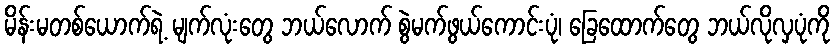
မိန်းမတစ်ယောက်ရဲ့ မျက်လုံးတွေ ဘယ်လောက် စွဲမက်ဖွယ်ကောင်းပုံ၊ ခြေထောက်တွေ ဘယ်လိုလှပုံကို